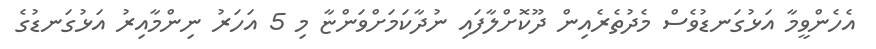
އެހެންވީމާ އަޅުގަނޑުވެސް މެދުތެރެއިން ދޫކޮށްލާފައި ނުދާކަމަށްވަންޏާ މި 5 އަހަރު ނިންމާއިރު އަޅުގަނޑުގެ